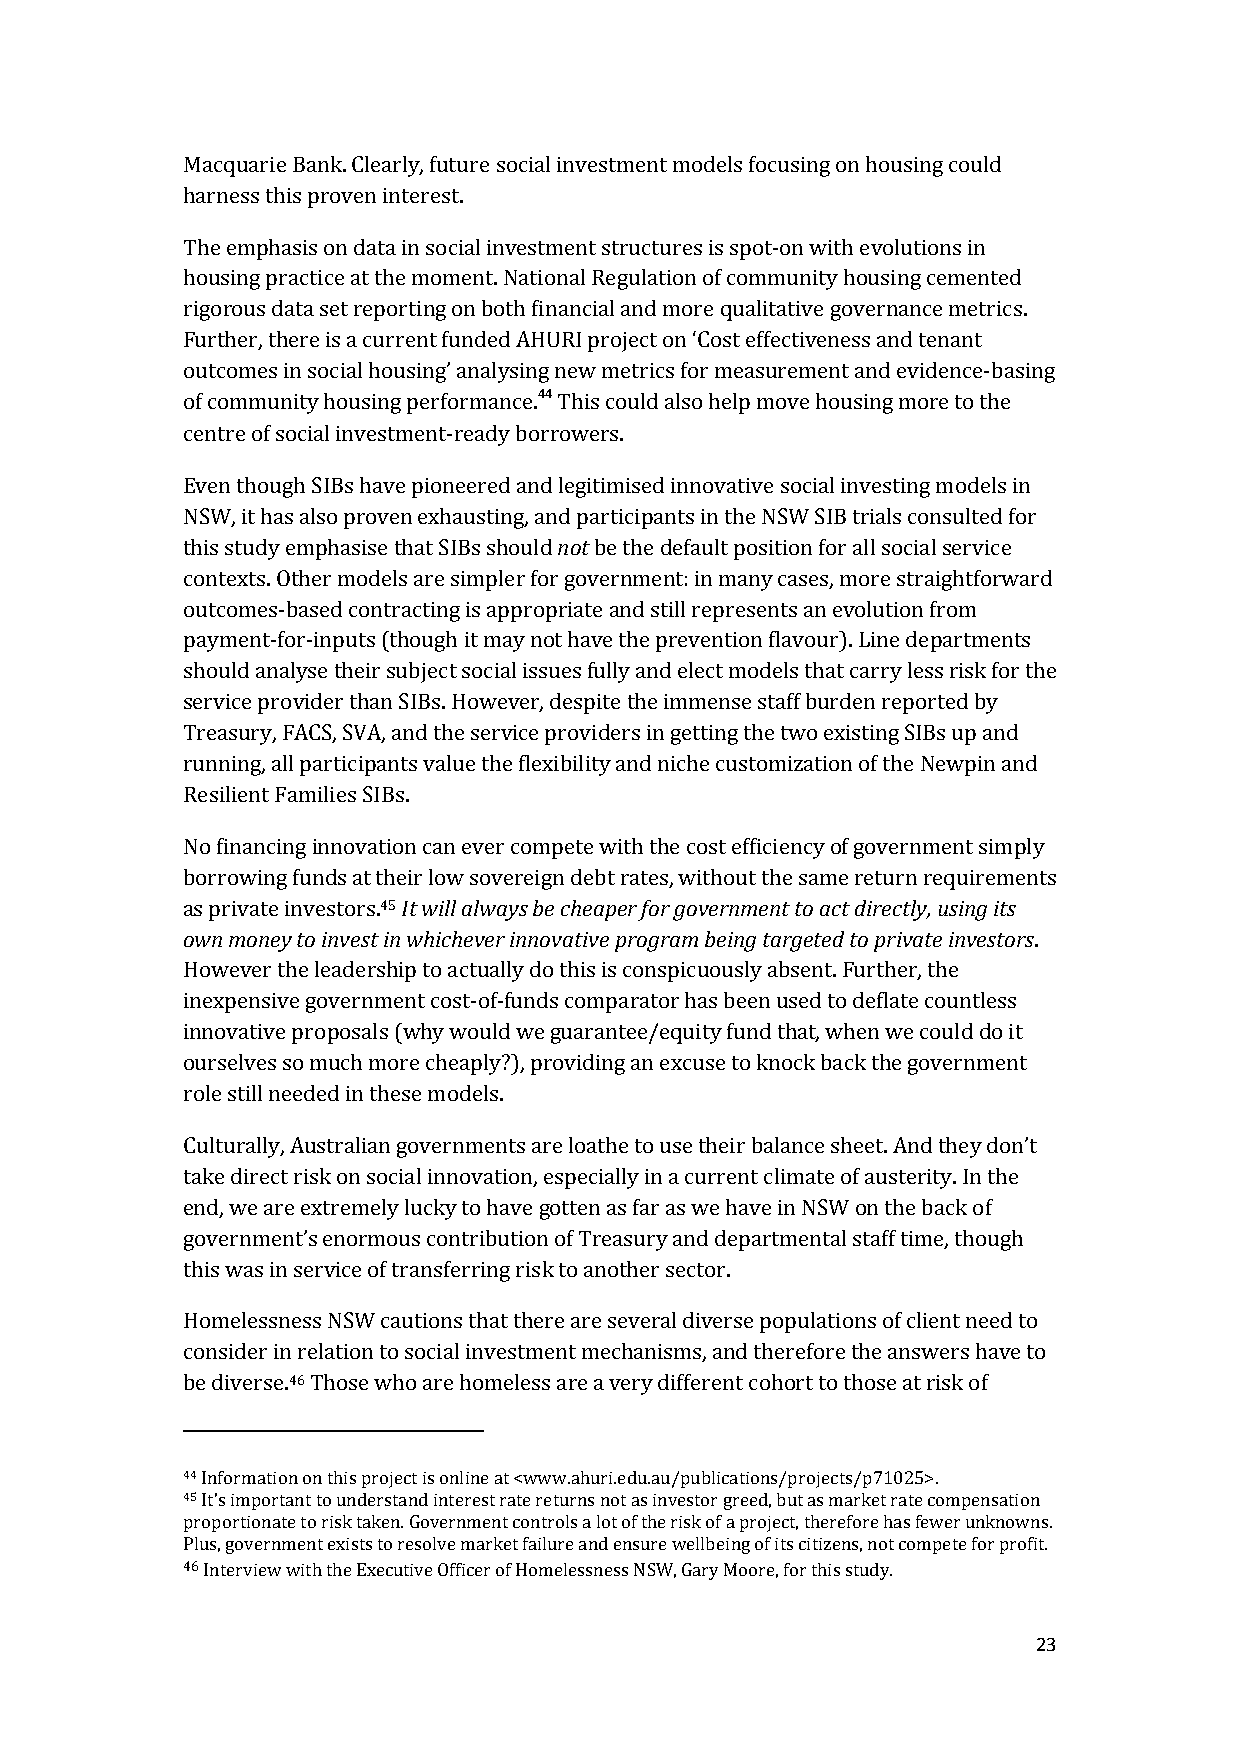
Macquarie Bank. Clearly, future social investment models focusing on housing could
 harness this proven interest.
 The emphasis on data in social investment structures is spot-on with evolutions in
 housing practice at the moment. National Regulation of community housing cemented
 rigorous data set reporting on both financial and more qualitative governance metrics.
 Further, there is a current funded AHURI project on ‘Cost effectiveness and tenant
 outcomes in social housing’ analysing new metrics for measurement and evidence-basing
 of community housing performance.44 This could also help move housing more to the
 centre of social investment-ready borrowers.
 Even though SIBs have pioneered and legitimised innovative social investing models in
 NSW, it has also proven exhausting, and participants in the NSW SIB trials consulted for
 this study emphasise that SIBs should not be the default position for all social service
 contexts. Other models are simpler for government: in many cases, more straightforward
 outcomes-based contracting is appropriate and still represents an evolution from
 payment-for-inputs (though it may not have the prevention flavour). Line departments
 should analyse their subject social issues fully and elect models that carry less risk for the
 service provider than SIBs. However, despite the immense staff burden reported by
 Treasury, FACS, SVA, and the service providers in getting the two existing SIBs up and
 running, all participants value the flexibility and niche customization of the Newpin and
 Resilient Families SIBs.
 No financing innovation can ever compete with the cost efficiency of government simply
 borrowing funds at their low sovereign debt rates, without the same return requirements
 as private investors.45 It will always be cheaper for government to act directly, using its
 own money to invest in whichever innovative program being targeted to private investors.
 However the leadership to actually do this is conspicuously absent. Further, the
 inexpensive government cost-of-funds comparator has been used to deflate countless
 innovative proposals (why would we guarantee/equity fund that, when we could do it
 ourselves so much more cheaply?), providing an excuse to knock back the government
 role still needed in these models.
 Culturally, Australian governments are loathe to use their balance sheet. And they don’t
 take direct risk on social innovation, especially in a current climate of austerity. In the
 end, we are extremely lucky to have gotten as far as we have in NSW on the back of
 government’s enormous contribution of Treasury and departmental staff time, though
 this was in service of transferring risk to another sector.
 Homelessness NSW cautions that there are several diverse populations of client need to
 consider in relation to social investment mechanisms, and therefore the answers have to
 be diverse.46 Those who are homeless are a very different cohort to those at risk of
 44 Information on this project is online at <www.ahuri.edu.au/publications/projects/p71025>.
 45 It’s important to understand interest rate returns not as investor greed, but as market rate compensation
 proportionate to risk taken. Government controls a lot of the risk of a project, therefore has fewer unknowns.
 Plus, government exists to resolve market failure and ensure wellbeing of its citizens, not compete for profit.
 46 Interview with the Executive Officer of Homelessness NSW, Gary Moore, for this study.
 23